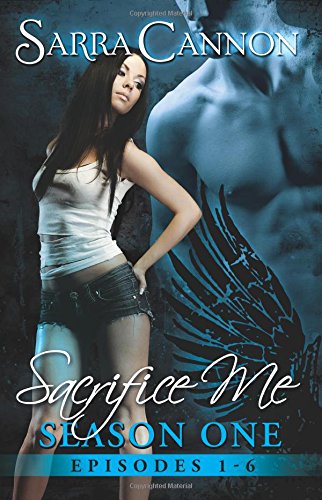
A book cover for Sacrifice Me: The Complete Season One (Volume 1); Sarra Cannon; Science Fiction & Fantasy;